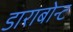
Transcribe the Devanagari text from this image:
डाराबोन्ट